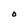
Character: O